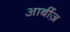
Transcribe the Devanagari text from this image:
आर्बीज़